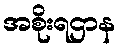
အစိုးရဌာန